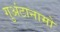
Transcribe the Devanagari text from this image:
गुअंटानामो